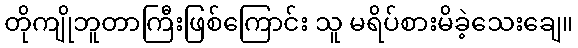
တိုကျိုဘူတာကြီးဖြစ်ကြောင်း သူ မရိပ်စားမိခဲ့သေးချေ။